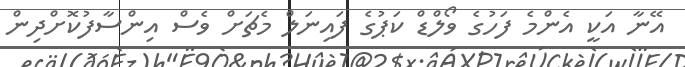
އޭނާ އަކީ އެންމެ ފަހުގެ ވޯލްޑް ކަޕުގެ ފައިނަލް މެޗަށް ވެސް އިންސާފުކޮށްދިން